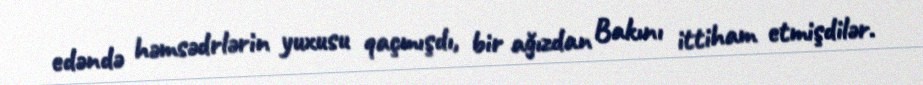
edəndə həmsədrlərin yuxusu qaçmışdı, bir ağızdan Bakını ittiham etmişdilər.